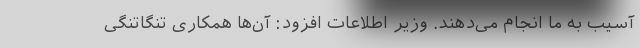
آسیب به ما انجام می‌دهند. وزیر اطلاعات افزود: آن‌ها همکاری تنگاتنگی